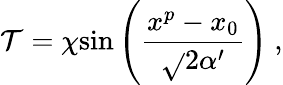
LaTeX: \mathcal{T}=\chi\mathrm{{sin}}\left({\frac{{x^{p}-x_{0}}}{{\sqrt{}{{2\alpha^{\prime}}}}}}\right)\ ,